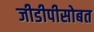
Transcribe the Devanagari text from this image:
जीडीपीसोबत